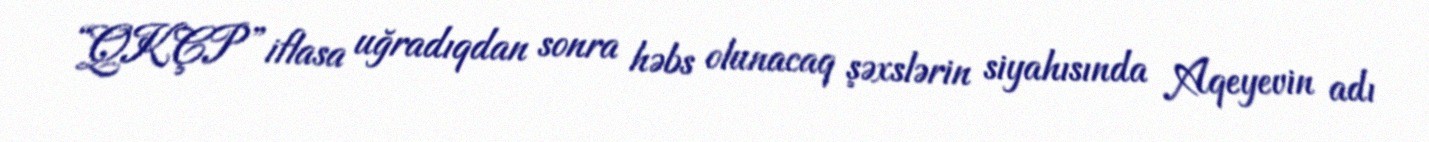
“QKÇP” iflasa uğradıqdan sonra həbs olunacaq şəxslərin siyahısında Aqeyevin adı